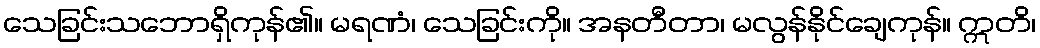
သေခြင်းသဘောရှိကုန်၏။ မရဏံ၊ သေခြင်းကို။ အနတီတာ၊ မလွန်နိုင်ချေကုန်။ ဣတိ၊